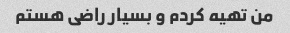
من تهیه کردم و بسیار راضی هستم